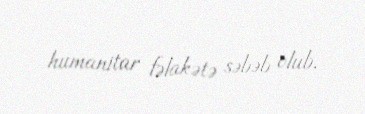
humanitar fəlakətə səbəb olub.